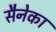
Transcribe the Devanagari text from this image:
सैनेका